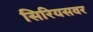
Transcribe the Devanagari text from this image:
सिरियसवर